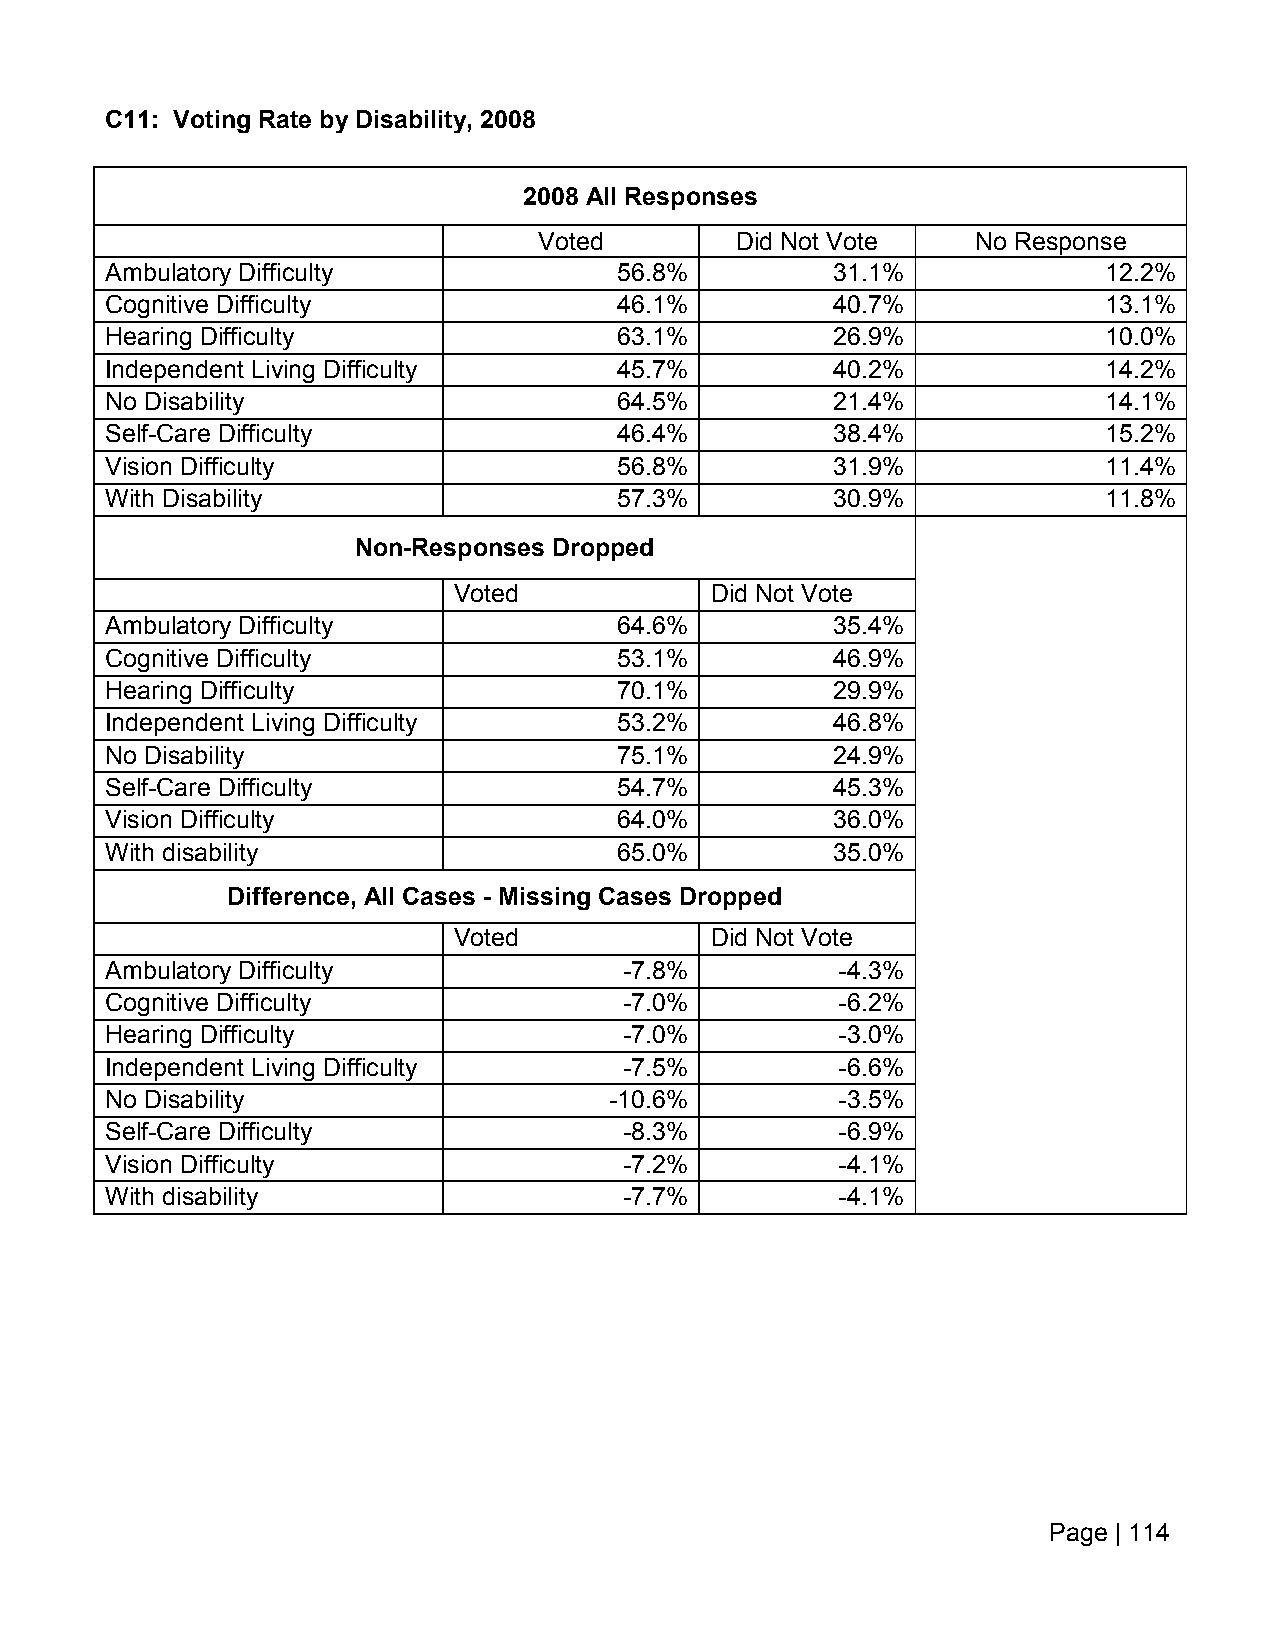
C11: Voting Rate by Disability, 2008
 2008 All Responses
 Voted        Did Not Vote    No Response
 Ambulatory Difficulty             56.8%         31.1%             12.2%
 Cognitive Difficulty              46.1%         40.7%             13.1%
 Hearing Difficulty                63.1%         26.9%             10.0%
 Independent Living Difficulty     45.7%         40.2%             14.2%
 No Disability                     64.5%         21.4%             14.1%
 Self-Care Difficulty              46.4%         38.4%             15.2%
 Vision Difficulty                 56.8%         31.9%             11.4%
 With Disability                   57.3%         30.9%             11.8%
 Non-Responses Dropped
 Voted            Did Not Vote
 Ambulatory Difficulty             64.6%         35.4%
 Cognitive Difficulty              53.1%         46.9%
 Hearing Difficulty                70.1%         29.9%
 Independent Living Difficulty     53.2%         46.8%
 No Disability                     75.1%         24.9%
 Self-Care Difficulty              54.7%         45.3%
 Vision Difficulty                 64.0%         36.0%
 With disability                   65.0%         35.0%
 Difference, All Cases - Missing Cases Dropped
 Voted            Did Not Vote
 Ambulatory Difficulty             -7.8%          -4.3%
 Cognitive Difficulty              -7.0%          -6.2%
 Hearing Difficulty                -7.0%          -3.0%
 Independent Living Difficulty     -7.5%          -6.6%
 No Disability                    -10.6%          -3.5%
 Self-Care Difficulty              -8.3%          -6.9%
 Vision Difficulty                 -7.2%          -4.1%
 With disability                   -7.7%          -4.1%
 Page | 114